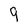
Character: 9